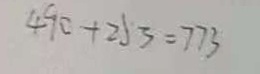
4 9 0 + 2 5 3 = 7 7 3